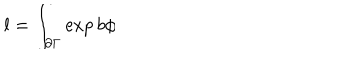
l = \int _ { \partial \Gamma } \exp b \phi